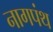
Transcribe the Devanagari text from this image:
नागपंथ